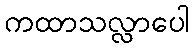
ကထာသလ္လာပေါ